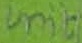
Text: Unit